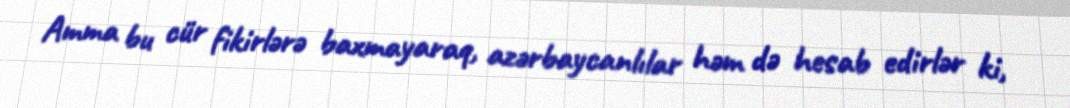
Amma bu cür fikirlərə baxmayaraq, azərbaycanlılar həm də hesab edirlər ki,